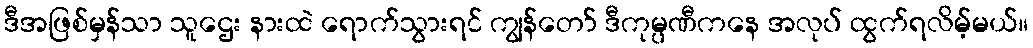
ဒီအဖြစ်မှန်သာ သူဌေး နားထဲ ရောက်သွားရင် ကျွန်တော် ဒီကုမ္ပဏီကနေ အလုပ် ထွက်ရလိမ့်မယ်။